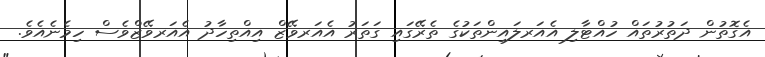
އެގޮތުން ދަތުރުތައް ހުއްޓާލި އެއަރލައިންތަކުގެ ތެރޭގައި ގަތަރު އެއަރވޭޒް އިއްތިހާދު އެއަރވޭޒްވެސް ހިމެނެއެވެ.